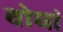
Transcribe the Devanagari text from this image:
वोघां